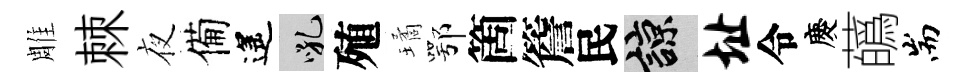
雕棘夜備遙吼殖璚鄂箇簷民諒址令慶蘤耑